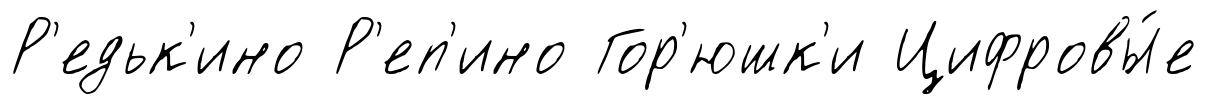
Р'едьк'ино Р'еп'ино Гор'юшк'и Цифровы́е